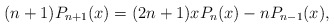
\begin{align*} (n+1)P_{n+1}(x)=(2n+1)xP_n(x)-nP_{n-1}(x), \end{align*}